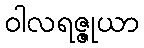
ဝါလရဇ္ဇုယာ